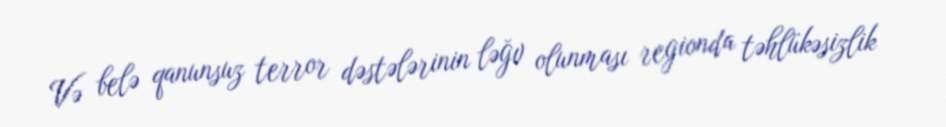
Və belə qanunsuz terror dəstələrinin ləğv olunması regionda təhlükəsizlik